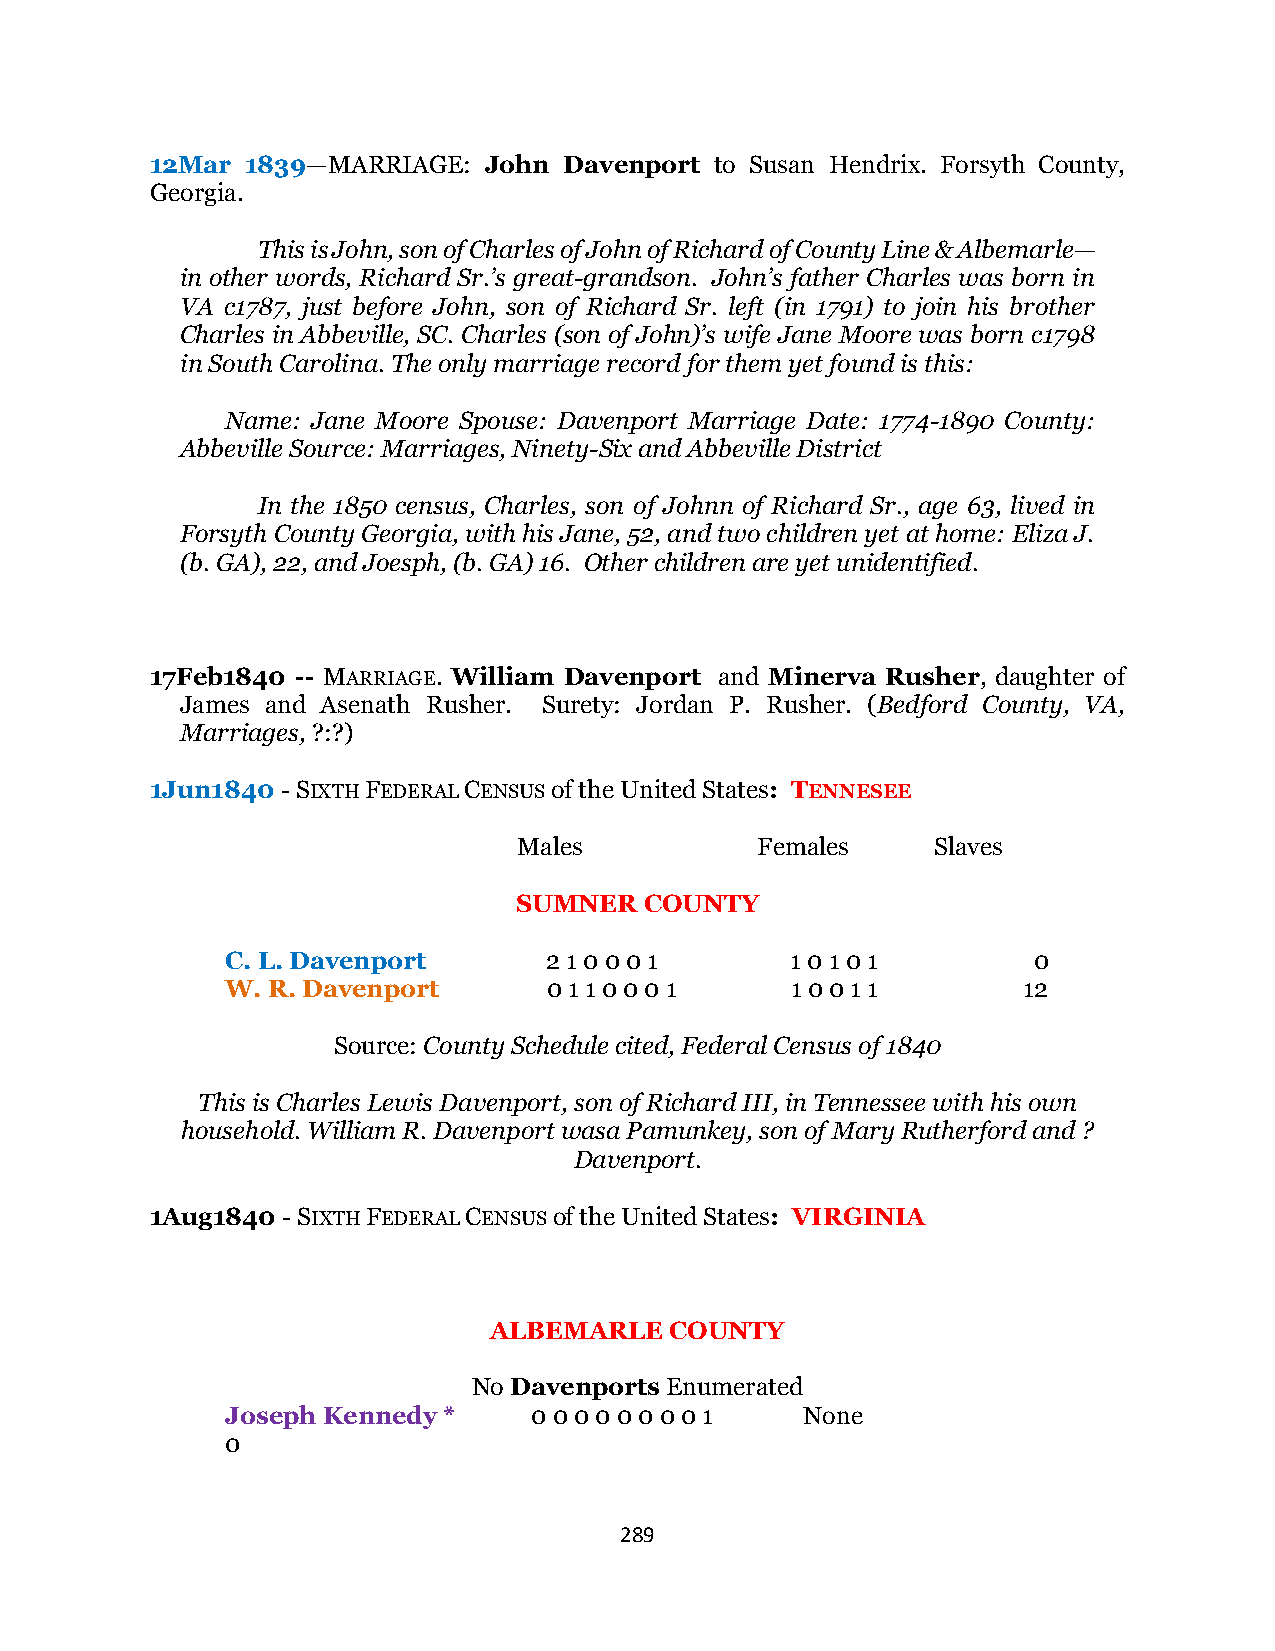
12Mar 1839—MARRIAGE:  John Davenport to Susan Hendrix. Forsyth County,
 Georgia.
 This is John, son of Charles of John of Richard of County Line & Albemarle—
 in other words, Richard Sr.’s great-grandson. John’s father Charles was born in
 VA c1787, just before John, son of Richard Sr. left (in 1791) to join his brother
 Charles in Abbeville, SC. Charles (son of John)’s wife Jane Moore was born c1798
 in South Carolina. The only marriage record for them yet found is this:
 Name: Jane Moore Spouse: Davenport Marriage Date: 1774-1890 County:
 Abbeville Source: Marriages, Ninety-Six and Abbeville District
 In the 1850 census, Charles, son of Johnn of Richard Sr., age 63, lived in
 Forsyth County Georgia, with his Jane, 52, and two children yet at home: Eliza J.
 (b. GA), 22, and Joesph, (b. GA) 16. Other children are yet unidentified.
 17Feb1840 -- MARRIAGE. William Davenport and Minerva Rusher, daughter of
 James and Asenath Rusher. Surety: Jordan P. Rusher. (Bedford County, VA,
 Marriages, ?:?)
 1Jun1840 - SIXTH FEDERAL CENSUS of the United States: TENNESEE
 Males           Females     Slaves
 SUMNER   COUNTY
 C. L. Davenport      2 1 0 0 0 1     1 0 1 0 1       0
 W. R. Davenport      0 1 1 0 0 0 1   1 0 0 1 1       12
 Source: County Schedule cited, Federal Census of 1840
 This is Charles Lewis Davenport, son of Richard III, in Tennessee with his own
 household. William R. Davenport wasa Pamunkey, son of Mary Rutherford and ?
 Davenport.
 1Aug1840 - SIXTH FEDERAL CENSUS of the United States: VIRGINIA
 ALBEMARLE   COUNTY
 No Davenports Enumerated
 Joseph Kennedy *    0 0 0 0 0 0 0 0 1 None
 0
 289